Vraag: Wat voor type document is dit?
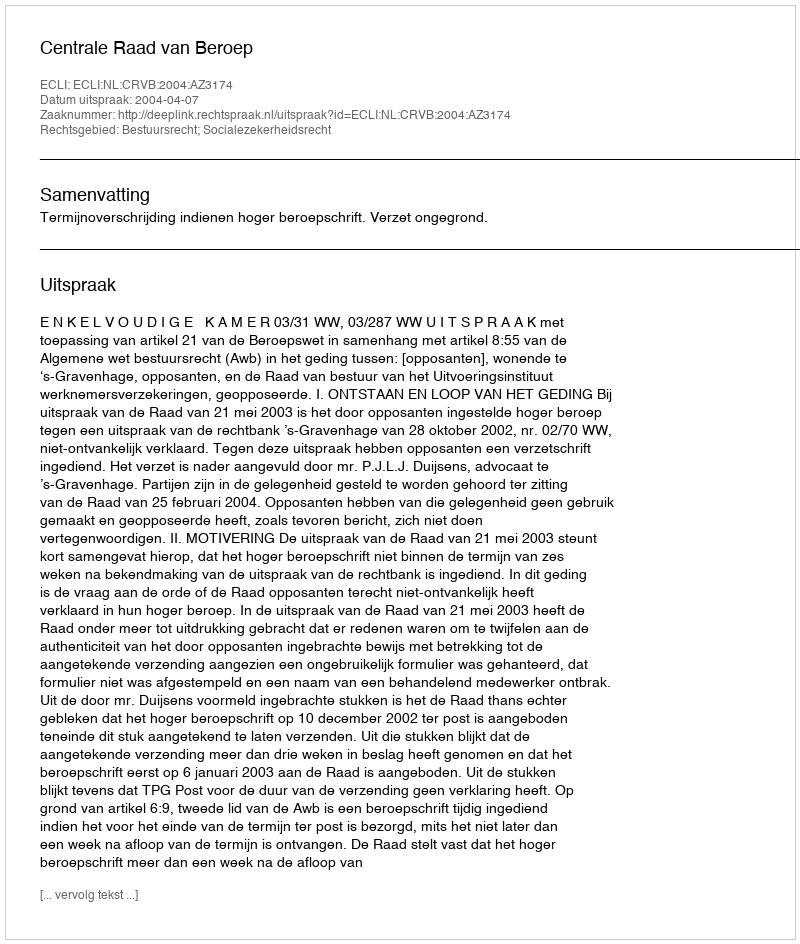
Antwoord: Uitspraak